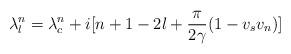
LaTeX: \begin{align*}\lambda_l^n = \lambda_c^n + i[n+1-2l+\frac{\pi}{2\gamma}(1-v_sv_n)]\end{align*}